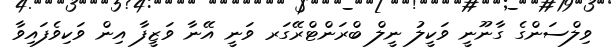
ވިލްސަންގެ ގާނޫނީ ވަކީލު ނީލް ބްރަންޓްރޭގަރ ވަނީ އޭނާ ވަޒީފާ އިން ވަކިވެފައިވާ